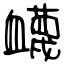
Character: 衊